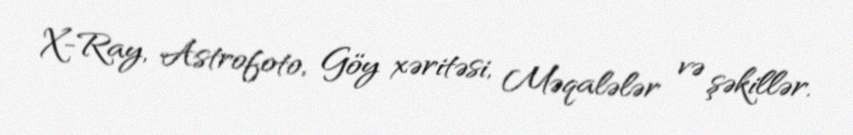
X-Ray, Astrofoto, Göy xəritəsi, Məqalələr və şəkillər.